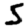
Digit: 5